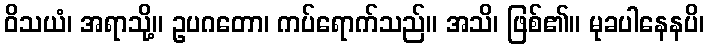
ဝိသယံ၊ အရာသို့။ ဥပဂတော၊ ကပ်ရောက်သည်။ အသိ၊ ဖြစ်၏။ မုခပါနေနပိ၊